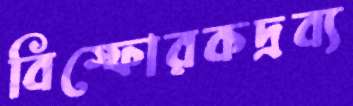
বিস্ফোরকদ্রব্য